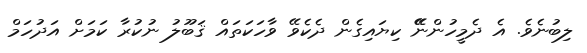
ލިބުނެވެ. އެ ދެމީހުންނޭޭ ކިޔައިގެން ދެކެވޭ ވާހަކަތައް ޤަބޫލު ނުކުރާ ކަމަށް އަދުހަމް